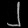
Digit: ၂